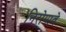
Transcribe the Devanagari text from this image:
निरोपावे